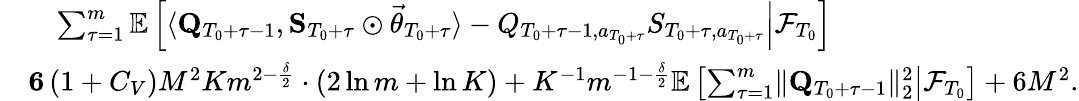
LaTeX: \begin{array}{rl}&{\quad\sum_{\tau=1}^{m}\mathbb E\left[\left.\langle\mathbf Q_{T_{0}+\tau-1},\mathbf S_{T_{0}+\tau}\odot\vec{\theta}_{T_{0}+\tau}\rangle-Q_{T_{0}+\tau-1,a_{T_{0}+\tau}}S_{T_{0}+\tau,a_{T_{0}+\tau}}\right\rvert\mathcal F_{T_{0}}\right]}\\ &{\le 6\left(1+C_{V}\right)M^{2}Km^{2-\frac\delta 2}\cdot\left(2\ln m+\ln K\right)+K^{-1}m^{-1-\frac\delta 2}\mathbb E\left[\left.\sum_{\tau=1}^{m}\lVert\mathbf Q_{T_{0}+\tau-1}\rVert_{2}^{2}\right\rvert\mathcal F_{T_{0}}\right]+6M^{2}.}\end{array}